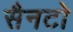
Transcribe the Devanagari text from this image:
सैनटो